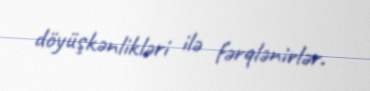
döyüşkənlikləri ilə fərqlənirlər.